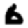
Digit: 6